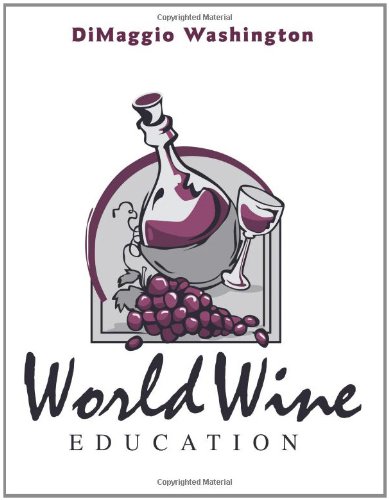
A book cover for World Wine Education; DiMaggio Washington; Engineering & Transportation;